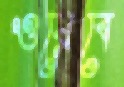
ওয়েবে